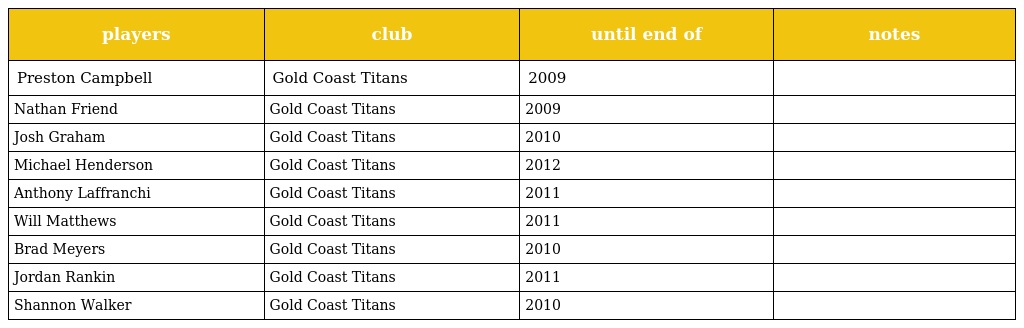
| players | club | until end of | notes |
 | --- | --- | --- | --- |
 | Preston Campbell | Gold Coast Titans | 2009 |  |
 | Nathan Friend | Gold Coast Titans | 2009 |  |
 | Josh Graham | Gold Coast Titans | 2010 |  |
 | Michael Henderson | Gold Coast Titans | 2012 |  |
 | Anthony Laffranchi | Gold Coast Titans | 2011 |  |
 | Will Matthews | Gold Coast Titans | 2011 |  |
 | Brad Meyers | Gold Coast Titans | 2010 |  |
 | Jordan Rankin | Gold Coast Titans | 2011 |  |
 | Shannon Walker | Gold Coast Titans | 2010 |  |